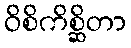
ဝိစိကိစ္ဆိတာ